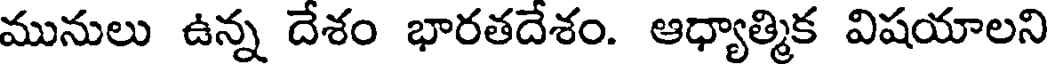
మునులు ఉన్న దేశం భారతదేశం. ఆధ్యాత్మిక విషయాలని